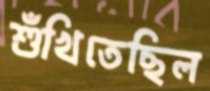
শুঁখিতেছিল